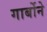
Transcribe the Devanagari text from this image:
गार्बोने